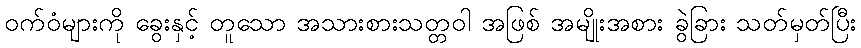
ဝက်ဝံများကို ခွေးနှင့် တူသော အသားစားသတ္တဝါ အဖြစ် အမျိုးအစား ခွဲခြား သတ်မှတ်ပြီး